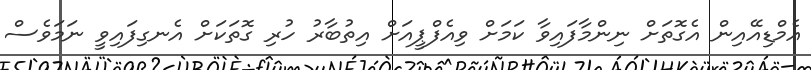
އެމްޑިއޭއިން އެގޮތަށް ނިންމާފައިވާ ކަމަށް ވިއެފްޕީއަށް އިތުބާރު ހުރި ގޮތަކަށް އެނގިފައިވީ ނަމަވެސް